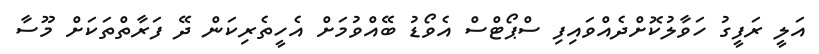
އަލީ ރަފީގު ހަވާލުކޮށްދެއްވައިފި ސްޕޯޓްސް އެވޯޑު ބޭއްވުމަށް އެހީތެރިކަން ދޭ ފަރާތްތަކަށް މޫސާ